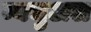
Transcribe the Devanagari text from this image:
म्यचुअल